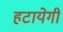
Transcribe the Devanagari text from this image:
हटायेगी